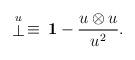
LaTeX: \begin{align*}\stackrel{\scriptstyle u}{\bot}\,\equiv\,{\bf 1}-\frac{u\otimes u}{u^2}.\end{align*}